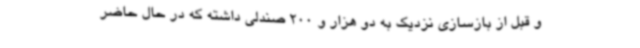
و قبل از بازسازی نزدیک به دو هزار و 200 صندلی داشته که در حال حاضر